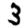
Digit: 3